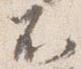
不